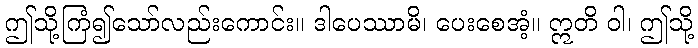
ဤသို့ကြံ၍သော်လည်းကောင်း။ ဒါပေဿာမိ၊ ပေးစေအံ့။ ဣတိ ဝါ၊ ဤသို့